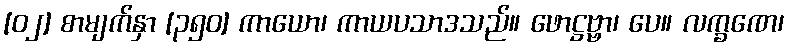
[၀၂] စာမျက်နှာ [၃၅၀] ကာယော၊ ကာယပသာဒသည်။ ဖောဋ္ဌဗ္ဗာ၊ ပေ။ လက္ခဏေ၊